Report on lock hospitals in British Burma
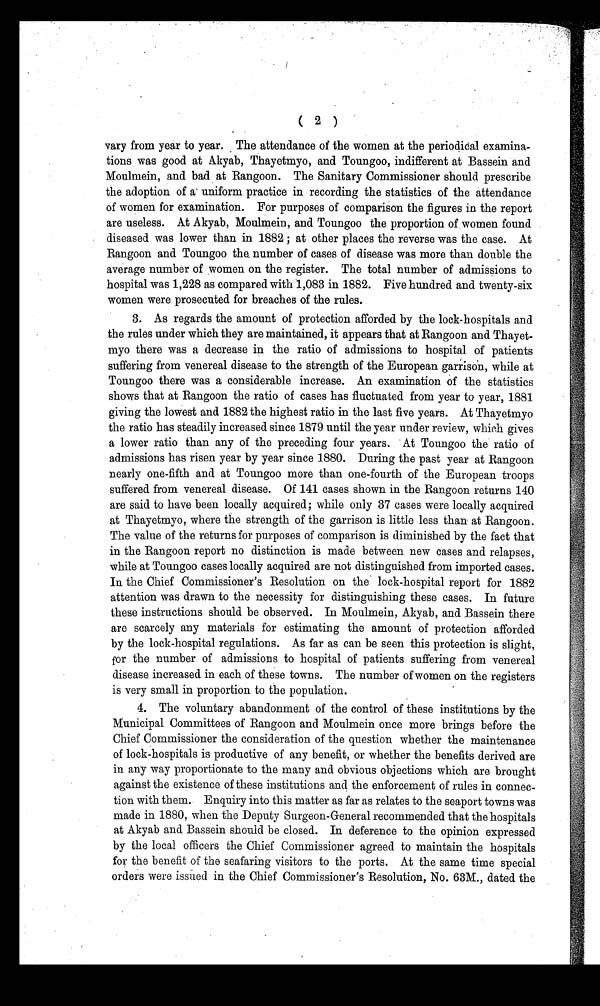
( 2 )
vary from year to year. The attendance of the women at the periodical examina-
tions was good at Akyab, Thayetmyo, and Toungoo, indifferent at Bassein and
Moulmein, and bad at Rangoon. The Sanitary Commissioner should prescribe
the adoption of a uniform practice in recording the statistics of the attendance
of women for examination. For purposes of comparison the figures in the report
are useless. At Akyab, Moulmein, and Toungoo the proportion of women found
diseased was lower than in 1882 ; at other places the reverse was the case. At
Rangoon and Toungoo the, number of cases of disease was more than double the
average number of women on the register. The total number of admissions to
hospital was 1,228 as compared with 1,083 in 1882. Five hundred and twenty-six
women were prosecuted for breaches of the rules.
3. As regards the amount of protection afforded by the lock-hospitals and
the rules under which they are maintained, it appears that at Rangoon and
T h a y e t - m y o t h e r e w a s a d e c r e a s e i n t h e r a t i o o f a d m i s s i o n s t o h o s p i t a l o f p a t i e n t s
suffering from venereal disease to the strength of the European garrison, while at
Toungoo there was a considerable increase. An examination of the statistics
shows that at Rangoon the ratio of cases has fluctuated from year to year, 1881
giving the lowest and 1882 the highest ratio in the last five years. At Thayetmyo
the ratio has steadily increased since 1879 until the year under review, which gives
a lower ratio than any of the preceding four years. At Toungoo the ratio of
admissions has risen year by year since 1880. During the past year at Rangoon
nearly one-fifth and at Toungoo more than one-fourth of the European troops
suffered from venereal disease. Of 141 cases shown in the Rangoon returns 140
are said to have been locally acquired; while only 37 cases were locally acquired
at Thayetmyo, where the strength of the garrison is little less than at Rangoon.
The value of the returns for purposes of comparison is diminished by the fact that
in the Rangoon report no distinction is made between new cases and relapses,
while at Toungoo cases locally acquired are not distinguished from imported cases.
In the Chief Commissioner's Resolution on the lock-hospital report for 1882
attention was drawn to the necessity for distinguishing these cases. In future
these instructions should be observed. In Moulmein, Akyab, and Bassein there
are scarcely any materials for estimating the amount of protection afforded
by the lock-hospital regulations. As far as can be seen this protection is slight,
for the number of admissions to hospital of patients suffering from venereal
disease increased in each of these towns. The number of women on the registers
is very small in proportion to the population.
4. The voluntary abandonment of the control of these institutions by the
Municipal Committees of Rangoon and Moulmein once more brings before the
Chief Commissioner the consideration of the question whether the maintenance
of lock-hospitals is productive of any benefit, or whether the benefits derived are
in any way proportionate to the many and obvious objections which are brought
against the existence of these institutions and the enforcement of rules in connec-
tion with them. Enquiry into this matter as far as relates to the seaport towns was
made in 1880, when the Deputy Surgeon-General recommended that the hospitals
at Akyab and Bassein should be closed. In deference to the opinion expressed
by the local officers the Chief Commissioner agreed to maintain the hospitals
for the benefit of the seafaring visitors to the ports. At the same time special
orders were issued in. the Chief Commissioner's Resolution, No. 63M., dated the